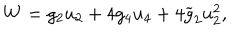
LaTeX: W = g _ { 2 } u _ { 2 } + 4 g _ { 4 } u _ { 4 } + 4 \widetilde { g } _ { 2 } u _ { 2 } ^ { 2 } ,